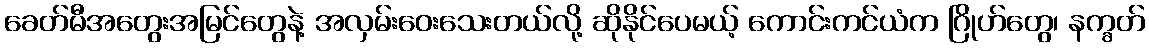
ခေတ်မီအတွေးအမြင်တွေနဲ့ အလှမ်းဝေးသေးတယ်လို့ ဆိုနိုင်ပေမယ့် ကောင်းကင်ယံက ဂြိုဟ်တွေ၊ နက္ခတ်